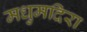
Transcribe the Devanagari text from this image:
मधुमदिरा